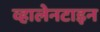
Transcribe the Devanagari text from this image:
व्हालेनटाइन